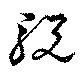
駾